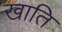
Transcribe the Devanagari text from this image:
खाति